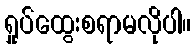
ရှုပ်ထွေးစရာမလိုပါ။